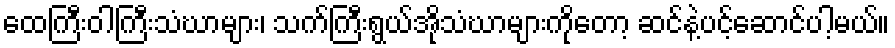
ထေကြီးဝါကြီးသံဃာများ၊ သက်ကြီးရွယ်အိုသံဃာများကိုတော့ ဆင်နဲ့ပင့်ဆောင်ပါ့မယ်။